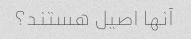
آنها اصیل هستند؟